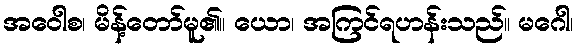
အဝေါစ၊ မိန့်တော်မူ၏။ ယော၊ အကြင်ရဟန်းသည်။ မဂေါ၊